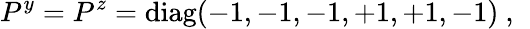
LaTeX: P^{y}=P^{z}=\mathrm{diag}(-1,-1,-1,+1,+1,-1)~,~\,